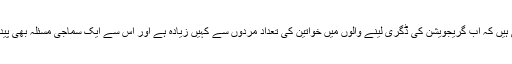
تاہم وہ بتاتی ہیں کہ اب گریجویشن کی ڈگری لینے والوں میں خواتین کی تعداد مردوں سے کہیں زیادہ ہے اور اس سے ایک سماجی مسئلہ بھی پیدا ہو گیا ہے۔